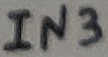
Text: IN3